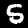
Label: 5